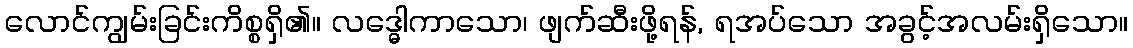
လောင်ကျွမ်းခြင်းကိစ္စရှိ၏။ လဒ္ဓေါကာသော၊ ဖျက်ဆီးဖို့ရန်, ရအပ်သော အခွင့်အလမ်းရှိသော။